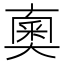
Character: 𠆇